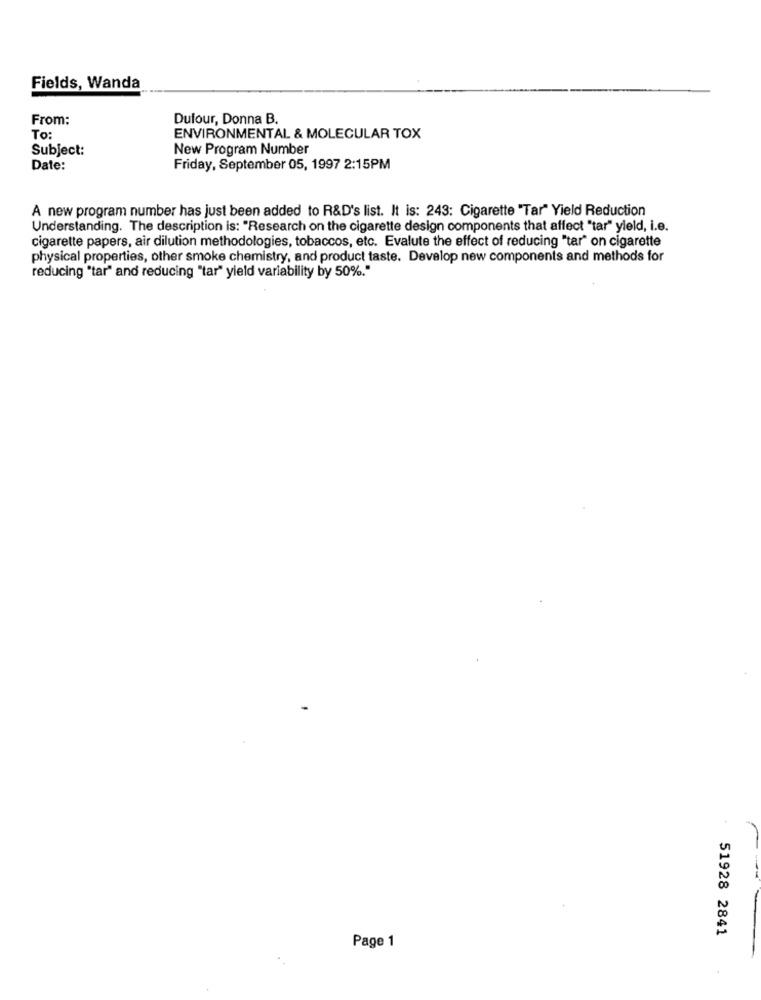
Fields, Wanda
From:
Dufour, Donna B.
To:
ENVIRONMENTAL & MOLECULAR TOX
Subject:
New Program Number
Date:
Friday, September 05, 1997 2:15PM
A new program number has just been added to R&D's list. It is: 243: Cigarette "Tar" Yield Reduction
Understanding. The description is: "Research on the cigarette design components that affect "tar" yield, i.e.
cigarette papers, air dilution methodologies, tobaccos, etc. Evalute the effect of reducing "tar" on cigarette
physical properties, other smoke chemistry, and product taste. Develop new components and methods for
reducing "tar" and reducing "tar" yield variability by 50%."
51928 2841
Page 1